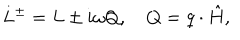
L ^ { \pm } = L \pm i \omega Q , \quad Q = q \cdot \hat { H } ,